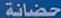
حضانة